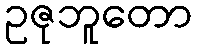
ဥဇုဘူတော